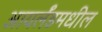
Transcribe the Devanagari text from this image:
आयर्लॅडमधील